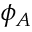
\phi _ { A }